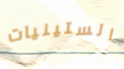
الستينيات